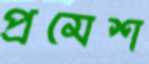
প্রমেশ